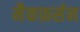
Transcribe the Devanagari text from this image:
मैकफ़र्सन